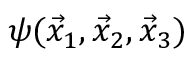
\psi ( \vec { x } _ { 1 } , \vec { x } _ { 2 } , \vec { x } _ { 3 } )